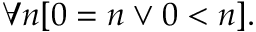
\forall n [ 0 = n \lor 0 < n ] .